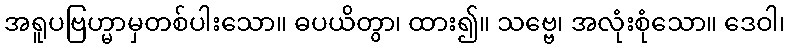
အရူပဗြဟ္မာမှတစ်ပါးသော။ ဓပယိတွာ၊ ထား၍။ သဗ္ဗေ၊ အလုံးစုံသော။ ဒေဝါ၊